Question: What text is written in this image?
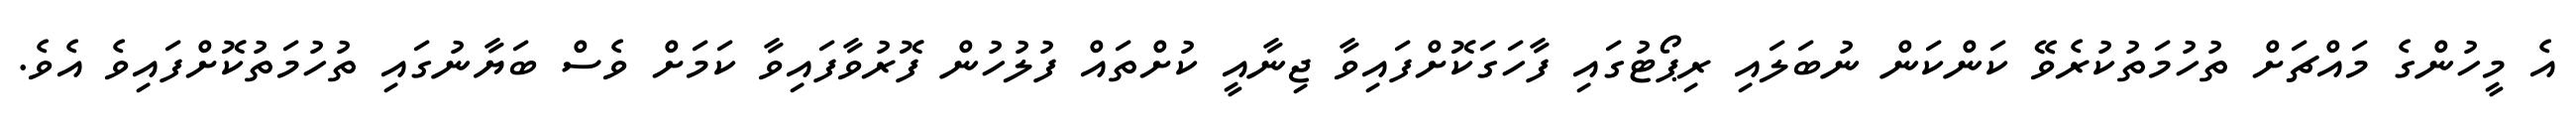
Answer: އެ މީހުންގެ މައްޗަށް ތުހުމަތުކުރެވޭ ކަންކަން ނުބަލައި ރިޕޯޓުގައި ފާހަގަކޮށްފައިވާ ޖިނާއީ ކުށްތައް ފުލުހުން ފޮރުވާފައިވާ ކަމަށް ވެސް ބަޔާނުގައި ތުހުމަތުކޮށްފައިވެ އެވެ.